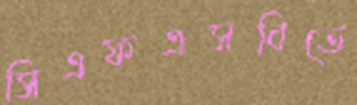
সিএফএসবিতে